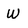
Character: W